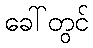
ခေါ်တွင်